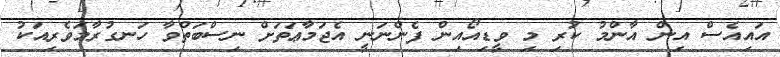
އައިއެސް އިން އާންމު ކުރި މި ވީޑިއޯއިން ފެންނަނީ އެޖަމާޢަތަށް ނިސްބަތްވާ ހަނގުރާމަވެރިއަކު